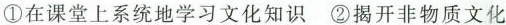
①在课堂上系统地学习文化知识②揭开非物质文化